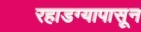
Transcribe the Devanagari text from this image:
रहाडग्यापासून